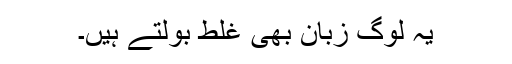
یہ لوگ زبان بھی غلط بولتے ہیں۔